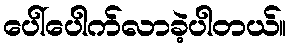
ပေါ်ပေါက်လာခဲ့ပါတယ်။